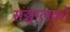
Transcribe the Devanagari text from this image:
सञ्चालकों